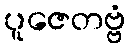
ပူဇေတဗ္ဗံ